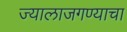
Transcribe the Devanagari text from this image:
ज्यालाजगण्याचा